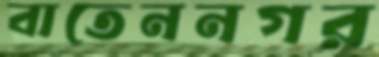
বাতেননগর